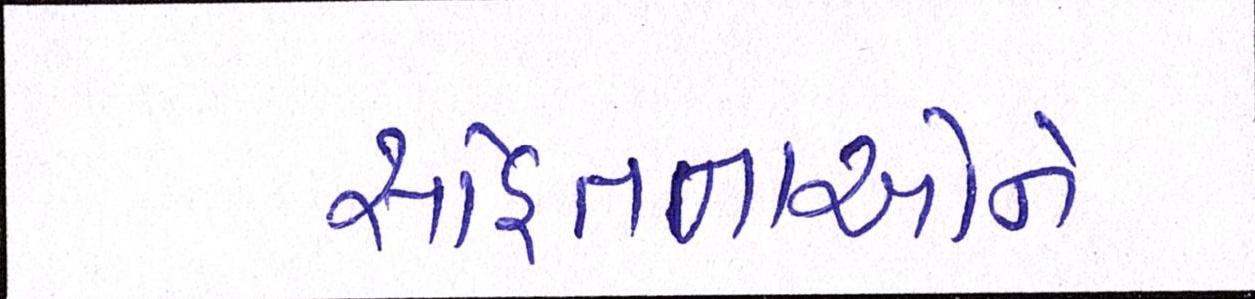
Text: સહિતનાઓને